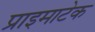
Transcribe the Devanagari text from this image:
प्राइमाटेक